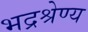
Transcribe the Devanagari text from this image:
भद्रश्रेण्य